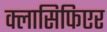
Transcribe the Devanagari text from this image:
क्लासिफिएर